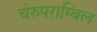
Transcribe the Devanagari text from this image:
चेरुपराम्बिल